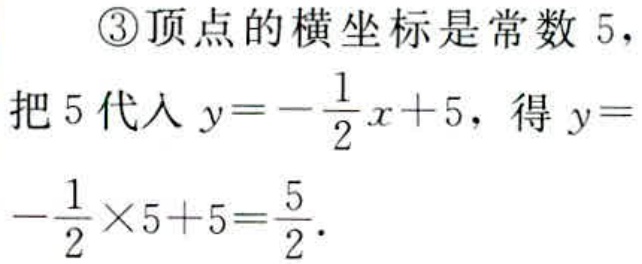
\textcircled{3}顶点的横坐标是常数 \(5\)，
把 \(5\) 代入 \(y = -\frac{1}{2}x + 5\)，得 \(y = -\frac{1}{2}\times5 + 5=\frac{5}{2}\).